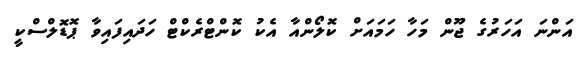
އަންނަ އަހަރުގެ ޖޫން މަހާ ހަމައަށް ކޮލޯންއާ އެކު ކޮންޓްރެކްޓް ހަދައިފައިވާ ޕޮޑޮލްސްކީ